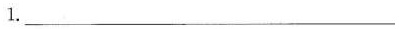
1.___